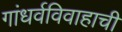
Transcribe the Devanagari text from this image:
गांधर्वविवाहाची